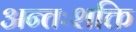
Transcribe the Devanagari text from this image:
अन्तःशक्ति